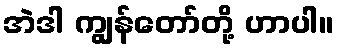
အဲဒါ ကျွန်တော်တို့ ဟာပါ။